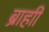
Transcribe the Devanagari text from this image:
ब्राहाी